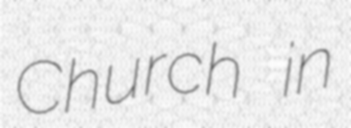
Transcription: Church in